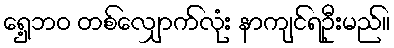
ရှေ့ဘဝ တစ်လျှောက်လုံး နာကျင်ရဦးမည်။